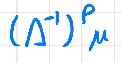
\((\Delta^{-1})^p_{\mu}\)